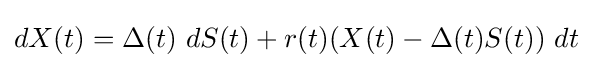
dX(t)=\Delta (t)\ dS(t)+r(t)(X(t)-\Delta (t)S(t))\ dt